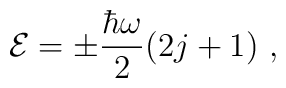
{\cal E} = \pm{\hbar \omega \over 2} ( 2j+1)\,\, ,